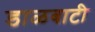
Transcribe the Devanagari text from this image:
डाळबाटी